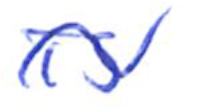
Text: is
Cross-out: wave
Writing tool: ballpoint